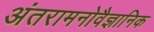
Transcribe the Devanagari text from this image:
अंतरामनोवैज्ञानिक